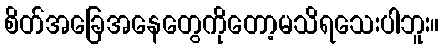
စိတ်အခြေအနေတွေကိုတော့မသိရသေးပါဘူး။